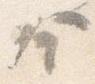
舎